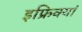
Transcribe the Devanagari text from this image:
इफ्रिक्यां